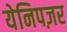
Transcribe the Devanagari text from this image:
येनिपज़र